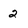
Character: 2